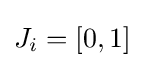
J_{i}=[0,1]